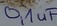
Text: 0,1uF